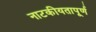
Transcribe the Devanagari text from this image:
नाटकीयतापूर्ण